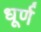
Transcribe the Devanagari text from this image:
धूर्ण